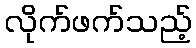
လိုက်ဖက်သည့်